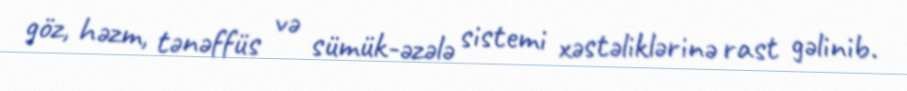
göz, həzm, tənəffüs və sümük-əzələ sistemi xəstəliklərinə rast gəlinib.